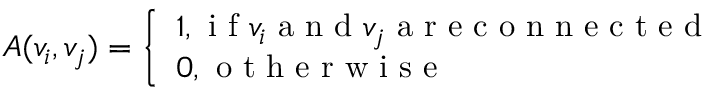
A ( v _ { i } , v _ { j } ) = \left\{ \begin{array} { l } { 1 , \mathrm { ~ i ~ f ~ } v _ { i } \mathrm { ~ a ~ n ~ d ~ } v _ { j } \mathrm { ~ a ~ r ~ e ~ c ~ o ~ n ~ n ~ e ~ c ~ t ~ e ~ d ~ } } \\ { 0 , \mathrm { ~ o ~ t ~ h ~ e ~ r ~ w ~ i ~ s ~ e ~ } } \end{array} \right.